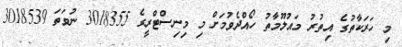
މި ހަރަކާތުގެ އިތުރު މައުލޫމާތު ހޯއްދެވުމަށް މި މިނިސްޓްރީގެ 3018355 ނުވަތަ 3018539